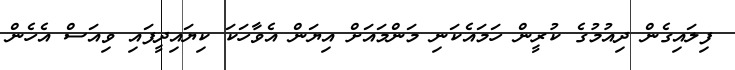
ފިލައިގެން ދިއުމުގެ ކުރީން ހަމައެކަނި މަންމައަށް އިޔަން އެވާހަކަ ކިޔައިދީފައި ވިއަސް އެހެން